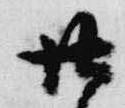
廿